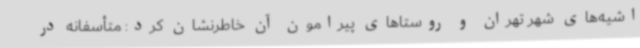
اشیه‌های شهر تهران و روستاهای پیرامون آن خاطرنشان کرد: متأسفانه در